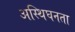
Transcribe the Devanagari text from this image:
अस्थिघनता